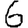
Digit: 6